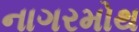
નાગરમોથ